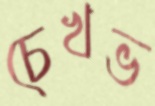
চেখভ